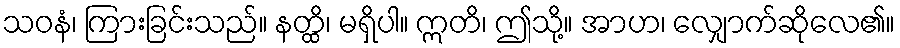
သဝနံ၊ ကြားခြင်းသည်။ နတ္ထိ၊ မရှိပါ။ ဣတိ၊ ဤသို့။ အာဟ၊ လျှောက်ဆိုလေ၏။